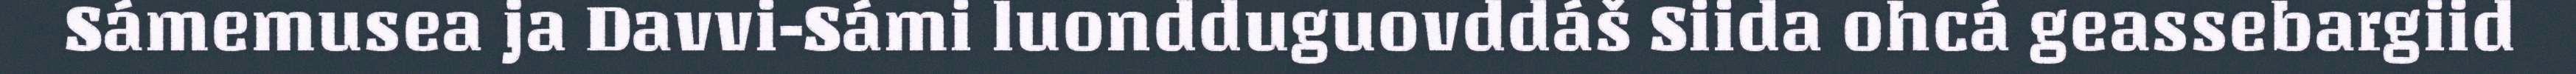
Sámemusea ja Davvi-Sámi luondduguovddáš Siida ohcá geassebargiid